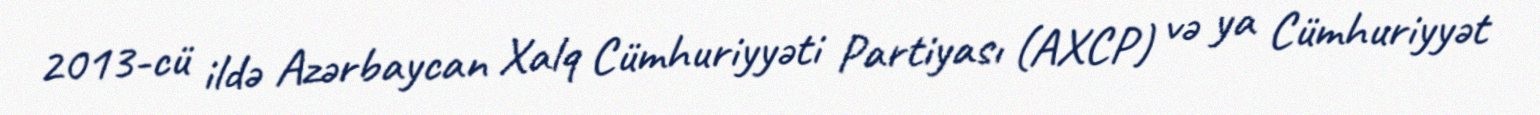
2013-cü ildə Azərbaycan Xalq Cümhuriyyəti Partiyası (AXCP) və ya Cümhuriyyət